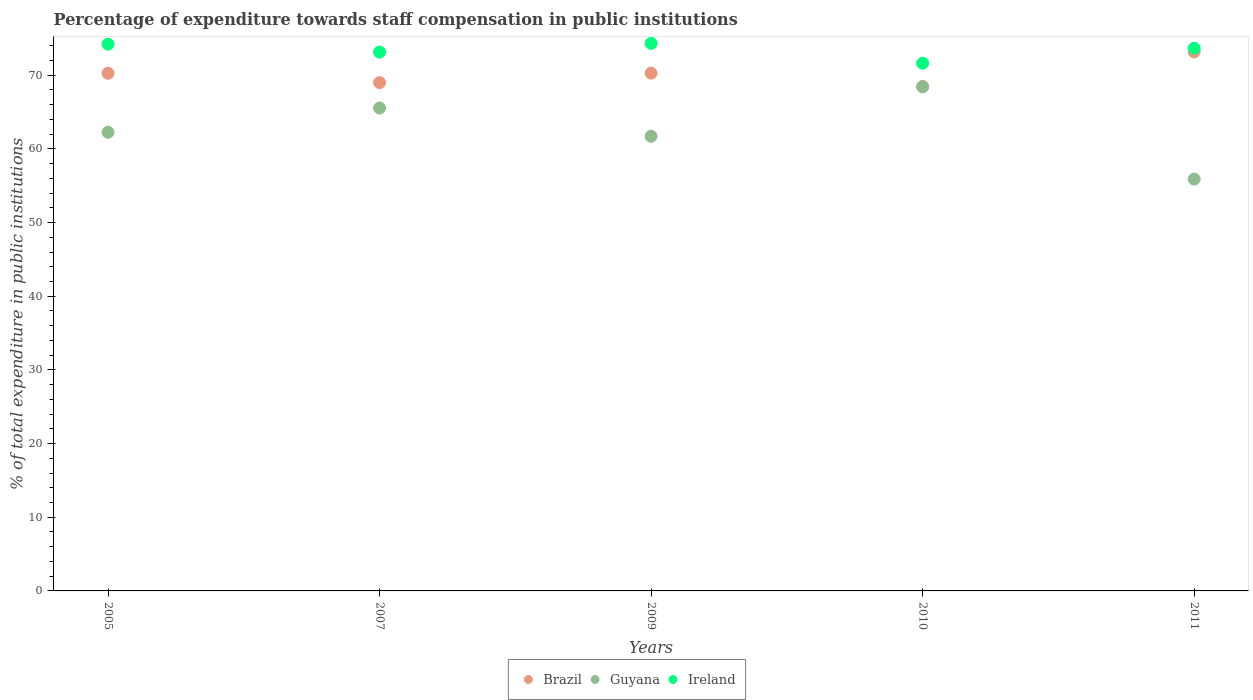
| Years | Brazil | Guyana | Ireland |
 | --- | --- | --- | --- |
 | 2005 | 70.3 | 62.3 | 74.2 |
 | 2007 | 69 | 65.5 | 73.1 |
 | 2009 | 70.3 | 61.7 | 74.3 |
 | 2010 | 68.5 | 68.4 | 71.6 |
 | 2011 | 73.2 | 55.9 | 73.7 |